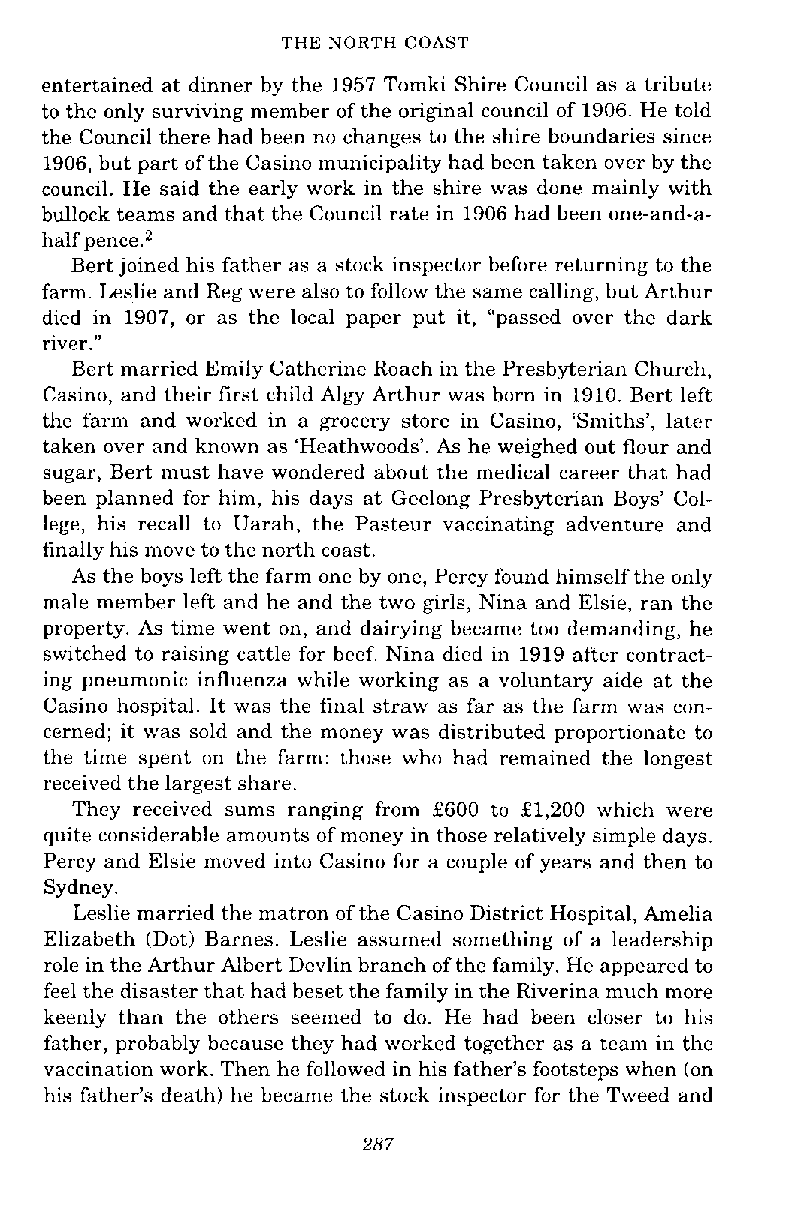
THE NORTH COAST
 entertained at dinner by the 1957 Tomki Shire Council as a tribute
 to the only surviving member of the original council of 1906. He told
 the Council there had been no changes to the shire boundaries since
 1906, but part of the Casino municipality had been taken over by the
 council. He said the early work in the shire was done mainly with
 bullock teams and that the Council rate in 1906 had been one-and-a-
 half pence.2
 Bert joined his father as a stock inspector before returning to the
 farm. Leslie and Reg were also to follow the same calling, but Arthur
 died in 1907, or as the local paper put it, "passed over the dark
 river."
 Bert married Emily Catherine Roach in the Presbyterian Church,
 Casino, and their first child Algy Arthur was born in 1910. Bert left
 the farm and worked in a grocery store in Casino, 'Smiths', later
 taken over and known as 'Heathwoods'. As he weighed out flour and
 sugar, Bert must have wondered about the medical career that had
 been planned for him, his days at Geelong Presbyterian Boys' Col-
 lege, his recall to Uarah, the Pasteur vaccinating adventure and
 finally his move to the north coast.
 As the boys left the farm one by one, Percy found himself the only
 male member left and he and the two girls, Nina and Elsie, ran the
 property. As time went on, and dairying became too demanding, he
 switched to raising cattle for beef. Nina died in 1919 after contract-
 ing pneumonic influenza while working as a voluntary aide at the
 Casino hospital. It was the final straw as far as the farm was con-
 cerned; it was sold and the money was distributed proportionate to
 the time spent on the farm: those who had remained the longest
 received the largest share.
 They received sums ranging from f600 to £1,200 which were
 quite considerable amounts of money in those relatively simple days.
 Percy and Elsie moved into Casino for a couple of years and then to
 Sydney.
 Leslie married the matron of the Casino District Hospital, Amelia
 Elizabeth (Dot) Barnes. Leslie assumed something of a leadership
 role in the Arthur Albert Devlin branch of the family. He appeared to
 feel the disaster that had beset the family in the Riverina much more
 keenly than the others seemed to do. He had been closer to his
 father, probably because they had worked together as a team in the
 vaccination work. Then he followed in his father's footsteps when (on
 his father's death) he became the stock inspector for the Tweed and